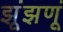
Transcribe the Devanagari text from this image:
झूंझणूं